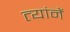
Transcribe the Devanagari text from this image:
त्यांनें